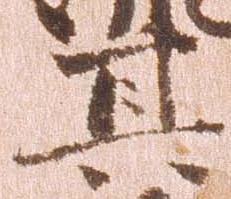
其